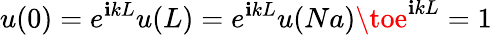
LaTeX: u(0)=e^{\mathbf{i}kL}u(L)=e^{\mathbf{i}kL}u(Na)\toe^{\mathbf{i}kL}=1